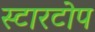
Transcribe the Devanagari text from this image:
स्टारटोप